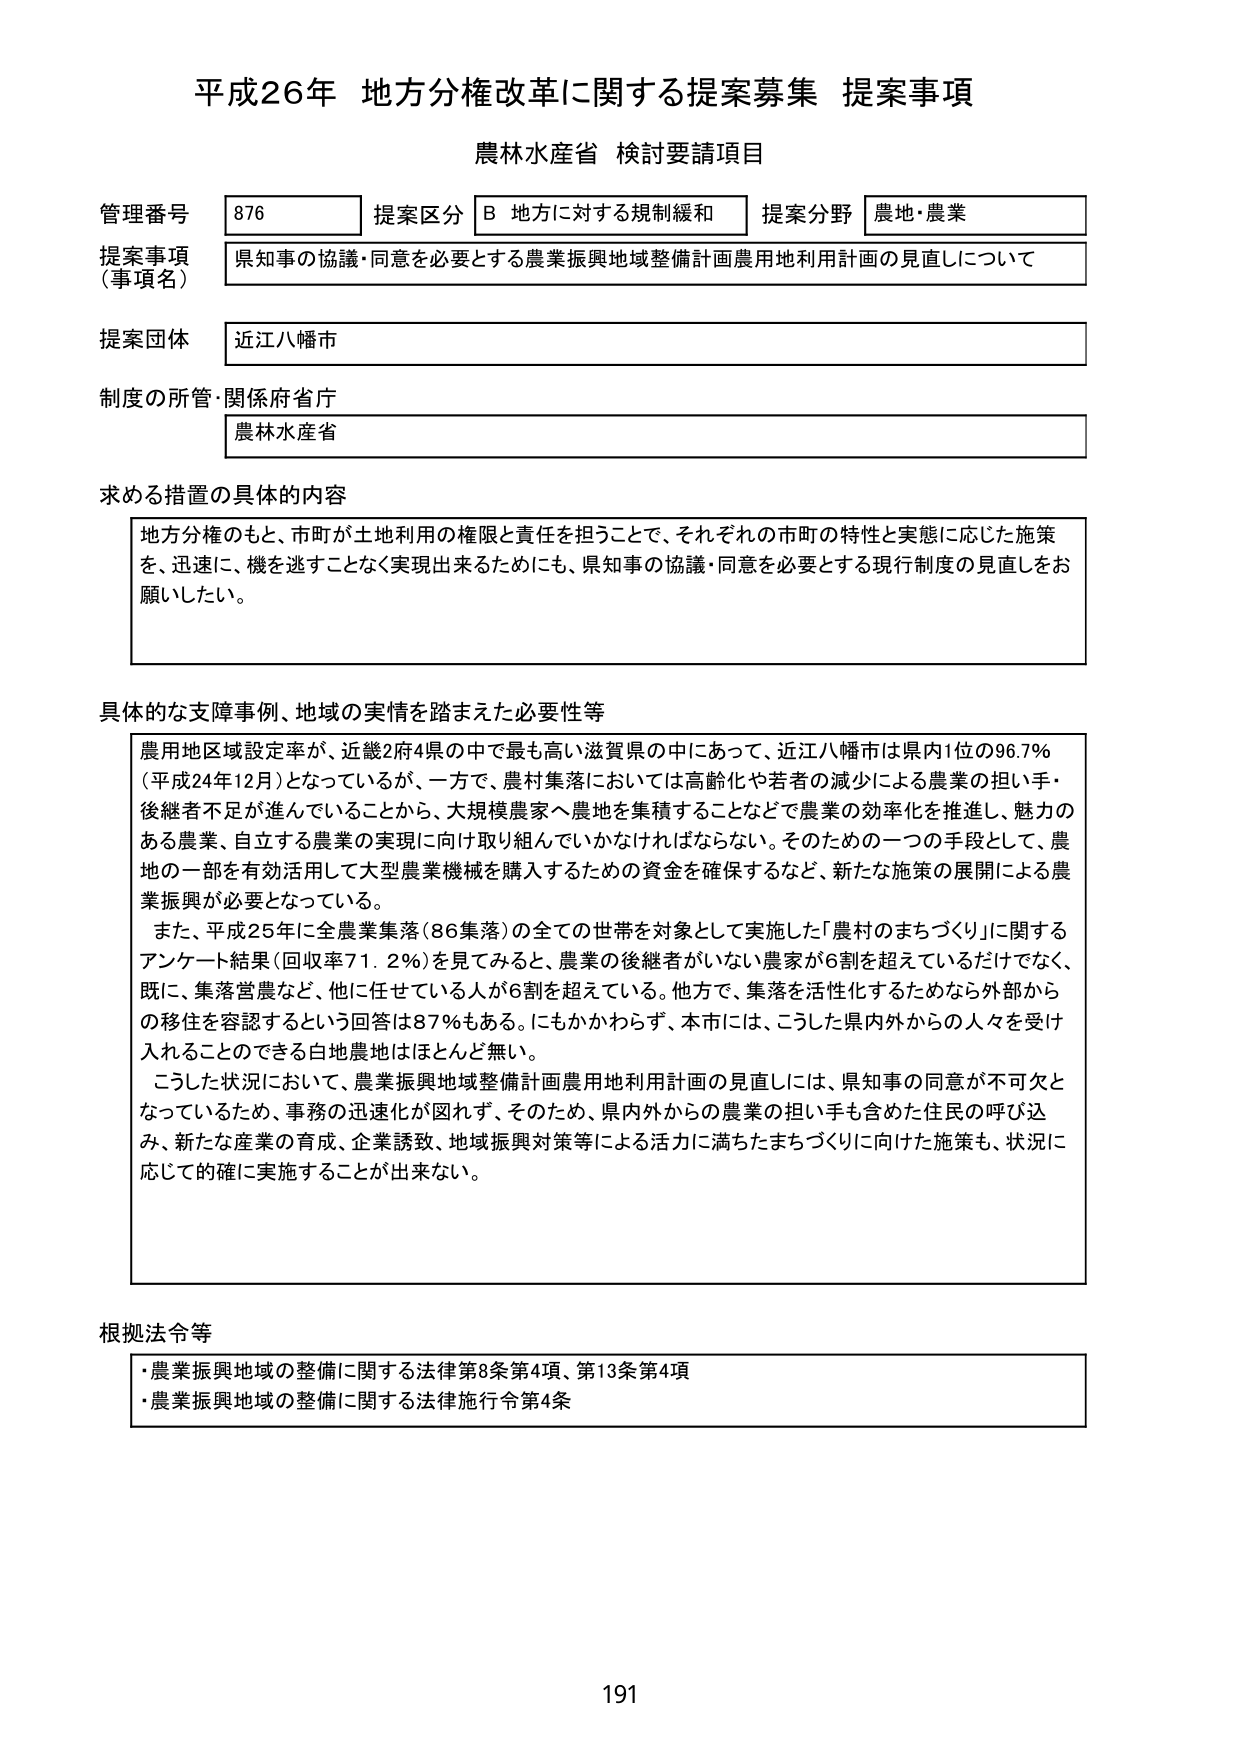
平成26年 地方分権改革に関する提案募集 提案事項
農林水産省 検討要請項目

管理番号 876 提案区分 B 地方に対する規制緩和 提案分野 農地・農業
提案事項（事項名） 県知事の協議・同意を必要とする農業振興地域整備計画農用地利用計画の見直しについて
提案団体 近江八幡市
制度の所管・関係府省庁 農林水産省

求める措置の具体的内容
地方分権のもと、市町が土地利用の権限と責任を担うことで、それぞれの市町の特性と実態に応じた施策を、迅速に、機を逃すことなく実現出来るためにも、県知事の協議・同意を必要とする現行制度の見直しをお願いしたい。

具体的な支障事例、地域の実情を踏まえた必要性等
農用地区域設定率が、近畿2府4県の中で最も高い滋賀県の中であって、近江八幡市は県内1位の96.7％（平成24年12月）となっているが、一方で、農村集落においては高齢化や若者の減少による農業の担い手・後継者不足が進んでいることから、大規模農家へ農地を集積することなどで農業の効率化を推進し、魅力のある農業、自立する農業の実現に向け取り組んでいかなければならない。そのための一つの手段として、農地の一部を有効活用して大型農業機械を購入するための資金を確保するなど、新たな施策の展開による農業振興が必要となっている。
また、平成25年に全農業集落（86集落）の全ての世帯を対象として実施した「農村のまちづくり」に関するアンケート結果（回収率71.2％）を見てみると、農業の後継者がいない農家が6割を超えているだけでなく、既に、集落営農など、他に任せている人が6割を超えている。他方で、集落を活性化するためなら外部からの移住を容認するという回答は87％もある。にもかかわらず、本市には、こうした県内外からの人々を受け入れることのできる白地農地はほとんど無い。
こうした状況において、農業振興地域整備計画農用地利用計画の見直しには、県知事の同意が不可欠となっているため、事務の迅速化が図れず、そのため、県内外からの農業の担い手も含めた住民の呼び込み、新たな産業の育成、企業誘致、地域振興対策等による活力に満ちたまちづくりに向けた施策も、状況に応じて確に実施することが出来ない。

根拠法令等
・農業振興地域の整備に関する法律第8条第4項、第13条第4項
・農業振興地域の整備に関する法律施行令第4条

191